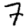
Digit: 7